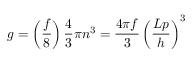
g = \left( { \frac { f } { 8 } } \right) { \frac { 4 } { 3 } } \pi n ^ { 3 } = { \frac { 4 \pi f } { 3 } } \left( { \frac { L p } { h } } \right) ^ { 3 }